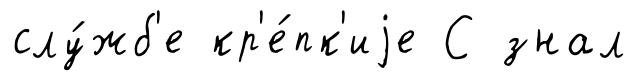
слу́жб'е кр'е́пк'иjе С знал